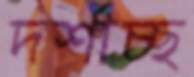
দর্শাচ্ছ